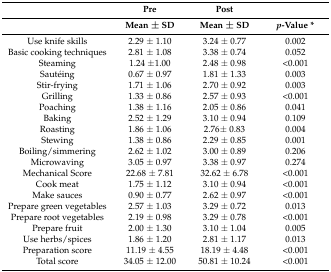
|  | Pre | Post |  |
 |  | Mean ± SD | Mean ± SD | p-Value * |
 | --- | --- | --- | --- |
 | Use knife skills | 2.29 ± 1.10 | 3.24 ± 0.77 | 0.002 |
 | Basic cooking techniques | 2.81 ± 1.08 | 3.38 ± 0.74 | 0.052 |
 | Steaming | 1.24 ±1.00 | 2.48 ± 0.98 | <0.001 |
 | Sautéing | 0.67 ± 0.97 | 1.81 ± 1.33 | 0.003 |
 | Stir-frying | 1.71 ± 1.06 | 2.70 ± 0.92 | 0.003 |
 | Grilling | 1.33 ± 0.86 | 2.57 ± 0.93 | <0.001 |
 | Poaching | 1.38 ± 1.16 | 2.05 ± 0.86 | 0.041 |
 | Baking | 2.52 ± 1.29 | 3.10 ± 0.94 | 0.109 |
 | Roasting | 1.86 ± 1.06 | 2.76± 0.83 | 0.004 |
 | Stewing | 1.38 ± 0.86 | 2.29 ± 0.85 | 0.001 |
 | Boiling/simmering | 2.62 ± 1.02 | 3.00 ± 0.89 | 0.206 |
 | Microwaving | 3.05 ± 0.97 | 3.38 ± 0.97 | 0.274 |
 | Mechanical Score | 22.68 ± 7.81 | 32.62 ± 6.78 | <0.001 |
 | Cook meat | 1.75 ± 1.12 | 3.10 ± 0.94 | <0.001 |
 | Make sauces | 0.90 ± 0.77 | 2.62 ± 0.97 | <0.001 |
 | Prepare green vegetables | 2.57 ± 1.03 | 3.29 ± 0.72 | 0.013 |
 | Prepare root vegetables | 2.19 ± 0.98 | 3.29 ± 0.78 | <0.001 |
 | Prepare fruit | 2.00 ± 1.30 | 3.10 ± 1.04 | 0.005 |
 | Use herbs/spices | 1.86 ± 1.20 | 2.81 ± 1.17 | 0.013 |
 | Preparation score | 11.19 ± 4.55 | 18.19 ± 4.48 | <0.001 |
 | Total score | 34.05 ± 12.00 | 50.81 ± 10.24 | <0.001 |